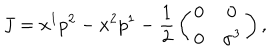
J = x ^ { 1 } p ^ { 2 } - x ^ { 2 } p ^ { 1 } - { \frac { 1 } { 2 } } \left( \begin{matrix} { { 0 } } & { { 0 } } \\ { { 0 } } & { { \sigma ^ { 3 } } } \\ \end{matrix} \right) ,